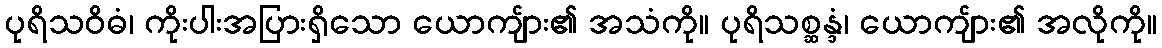
ပုရိသဝိဓံ၊ ကိုးပါးအပြားရှိသော ယောကျ်ား၏ အသံကို။ ပုရိသစ္ဆန္ဒံ၊ ယောကျ်ား၏ အလိုကို။